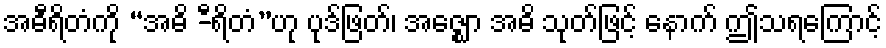
အဓီရိတံကို “အဓိ -ီရိတံ”ဟု ပုဒ်ဖြတ်၊ အဇ္ဈော အဓိ သုတ်ဖြင့် နောက် ဤသရကြောင့်